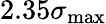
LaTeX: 2.35\sigma_{\mathrm{max}}